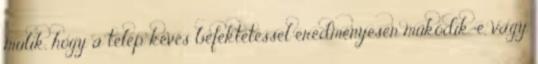
múlik, hogy a telep kevés befektetéssel eredményesen működik-e, vagy